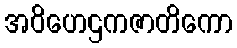
အဝိဟေဌကဇာတိကော